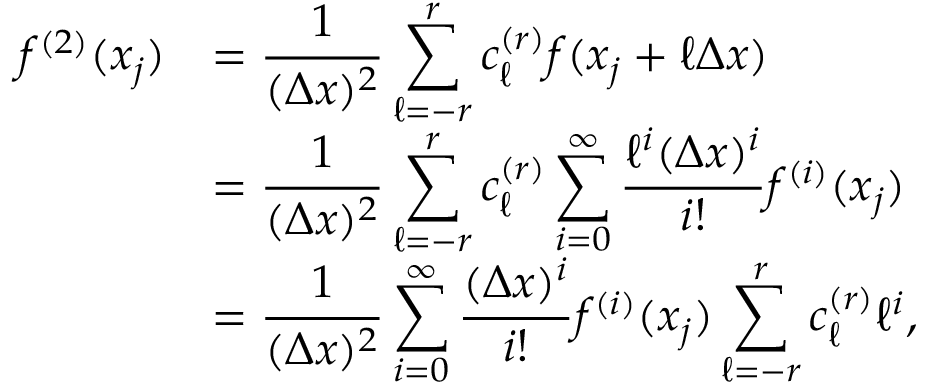
\begin{array} { r l } { f ^ { ( 2 ) } ( x _ { j } ) } & { = \displaystyle \frac { 1 } { ( \Delta x ) ^ { 2 } } \sum _ { \ell = - r } ^ { r } c _ { \ell } ^ { ( r ) } f ( x _ { j } + \ell \Delta x ) } \\ & { = \displaystyle \frac { 1 } { ( \Delta x ) ^ { 2 } } \sum _ { \ell = - r } ^ { r } c _ { \ell } ^ { ( r ) } \sum _ { i = 0 } ^ { \infty } \frac { \ell ^ { i } ( \Delta x ) ^ { i } } { i ! } f ^ { ( i ) } ( x _ { j } ) } \\ & { = \displaystyle \frac { 1 } { ( \Delta x ) ^ { 2 } } \sum _ { i = 0 } ^ { \infty } \frac { ( \Delta x ) ^ { i } } { i ! } f ^ { ( i ) } ( x _ { j } ) \sum _ { \ell = - r } ^ { r } c _ { \ell } ^ { ( r ) } \ell ^ { i } , } \end{array}